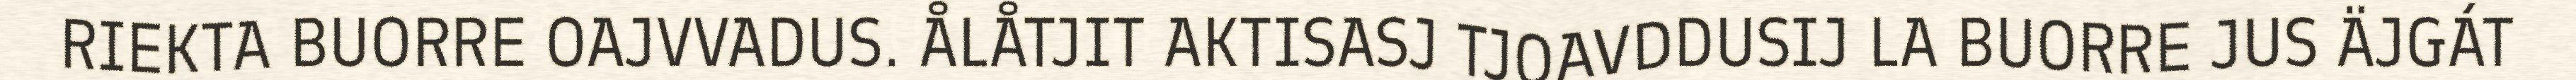
RIEKTA BUORRE OAJVVADUS. ÅLÅTJIT AKTISASJ TJOAVDDUSIJ LA BUORRE JUS ÄJGÁT